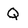
Character: Q